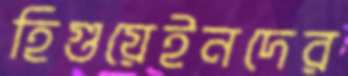
হিগুয়েইনদের